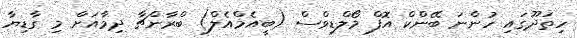
ހިތަދޫގައި ހުންނަ ބޭންކް އޮފް މޯލްޑިވްސް (ބީއެމްއެލް) ބްރާންޗާ ދިމާއަށް މި ގާޑިޔާ